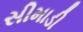
સીમાડી